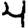
Digit: 4